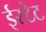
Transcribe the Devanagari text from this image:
ईस्टेट